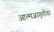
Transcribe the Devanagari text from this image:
आत्मजागृतीवर